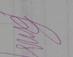
Signature authenticity: genuine